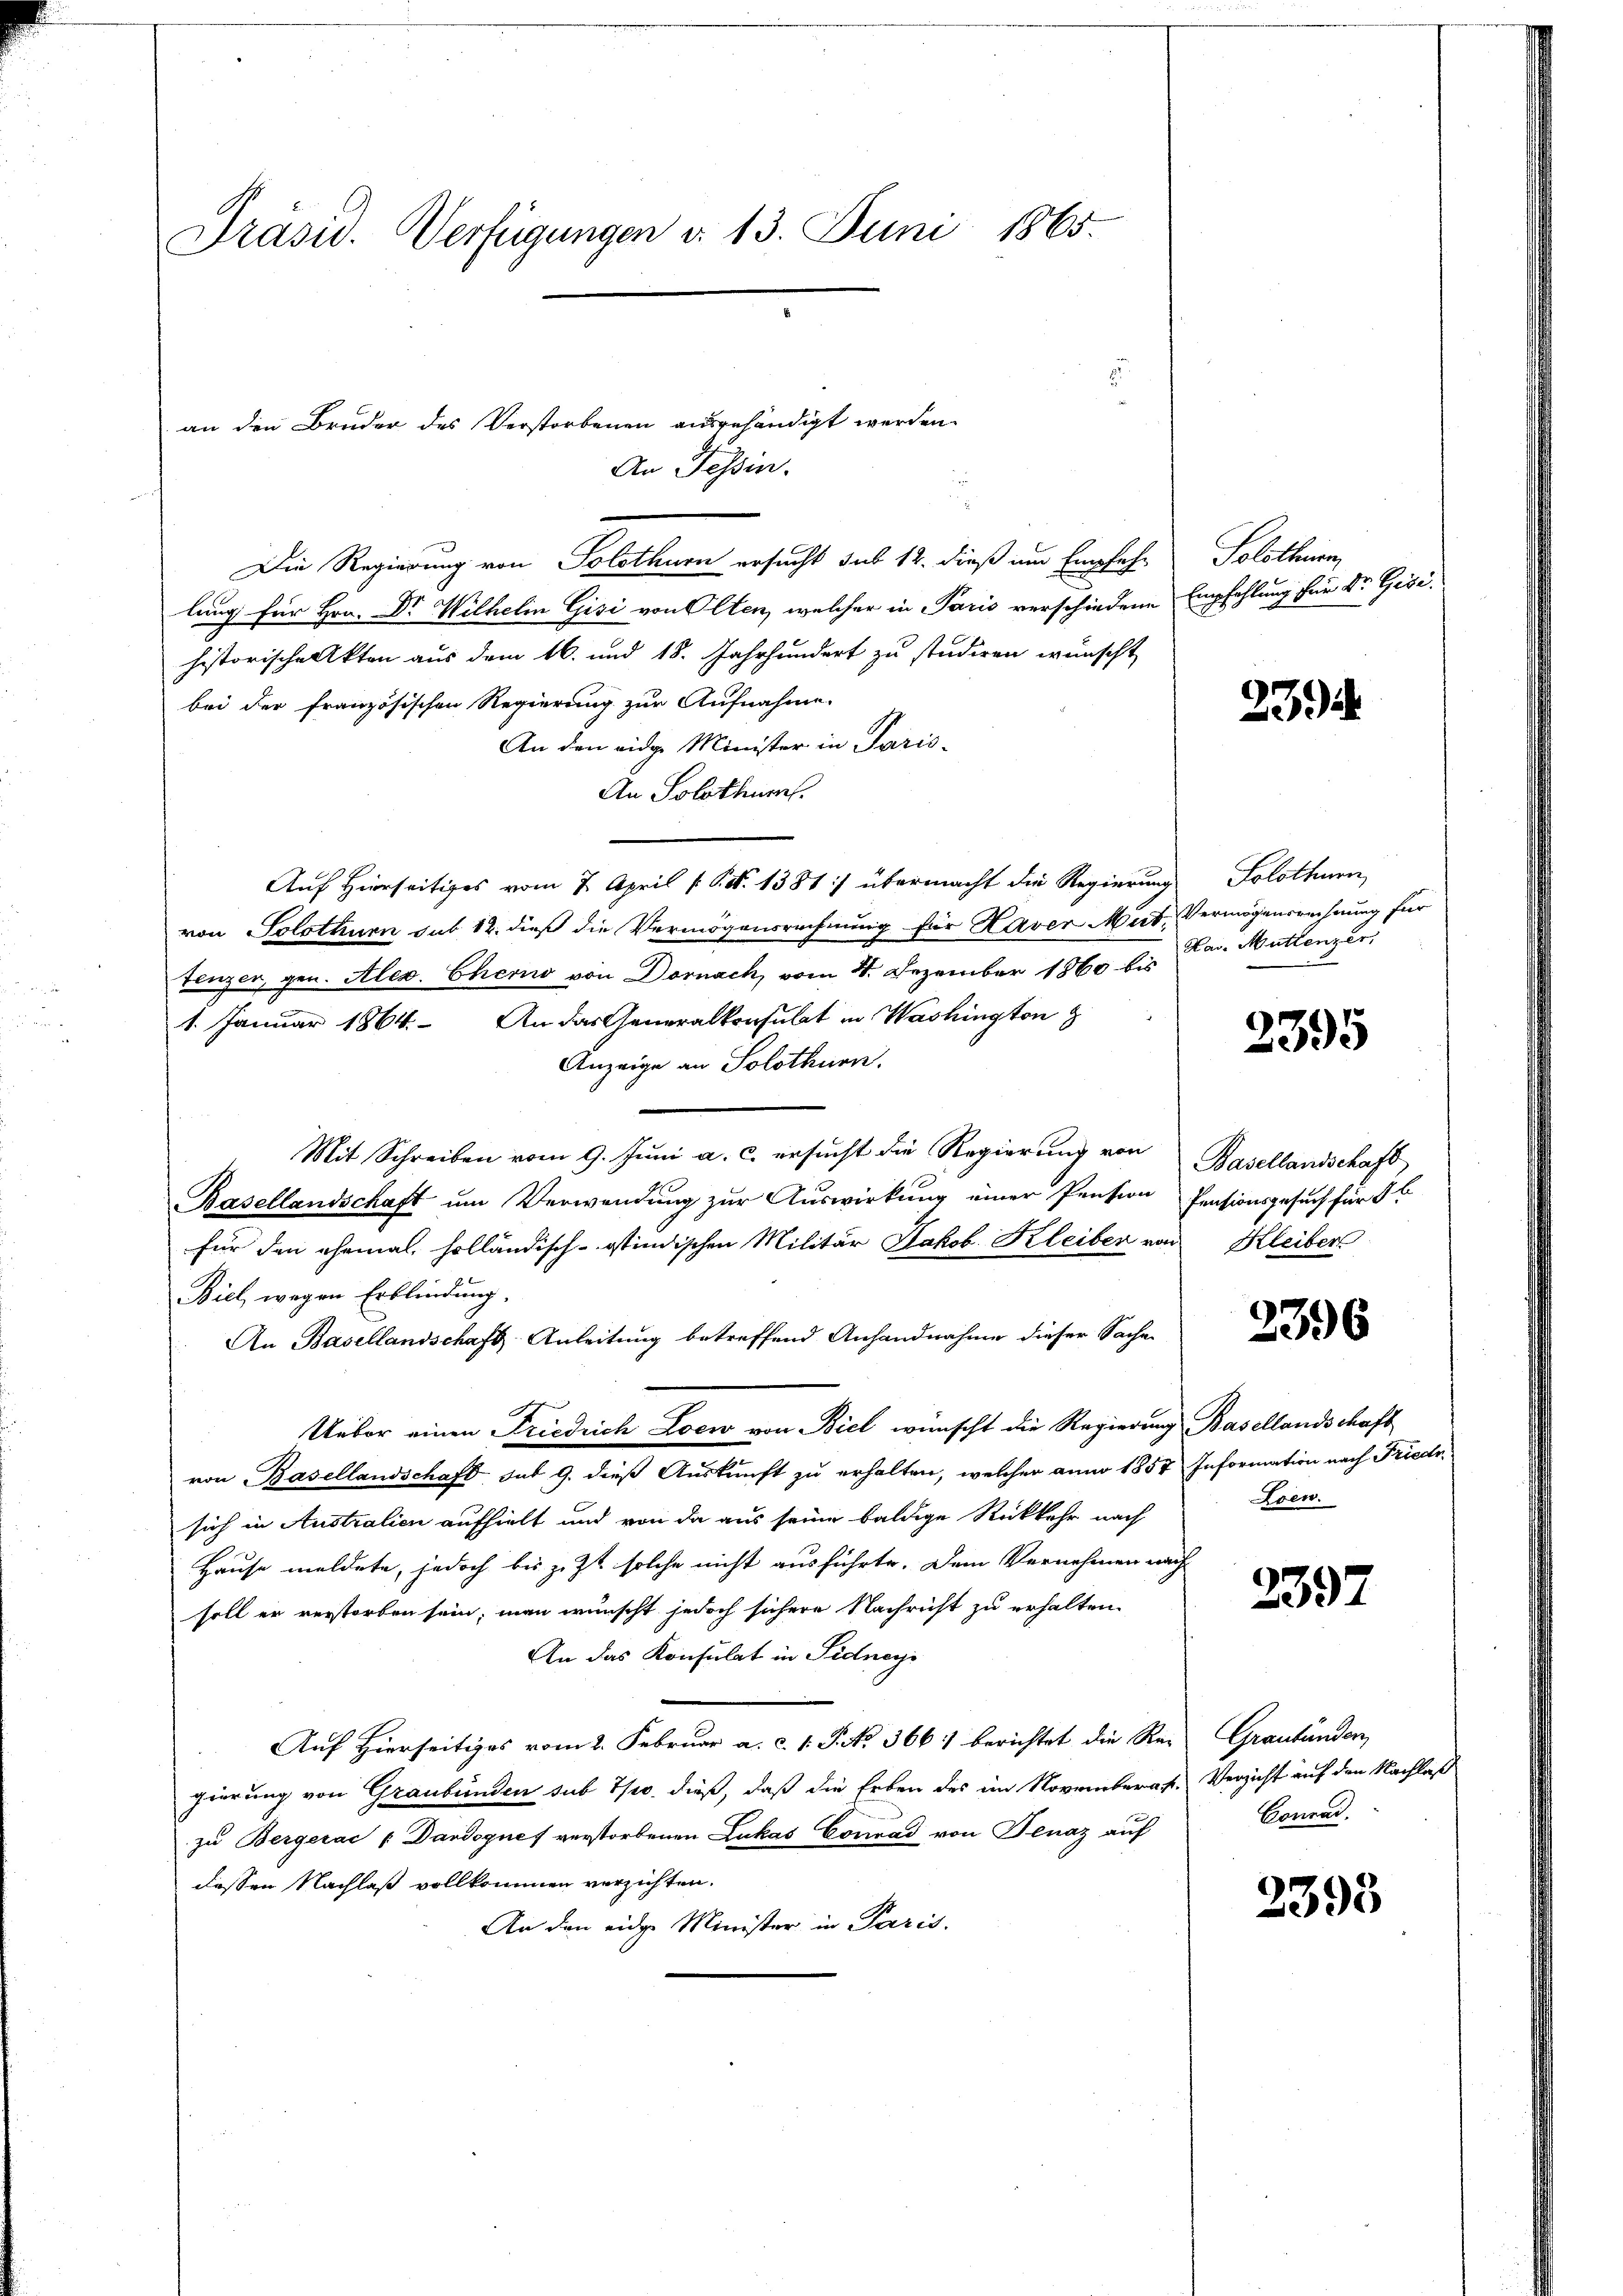
Präsid. Verfügungen d. 13. Juni 1865.

an den Bruder des Verstorbenen ausgehändigt werden.

An Tessin.
Die Regierung von Solothurn ersucht sub 12. dieß um Empfehlung für Hrn. Dr Wilhelm Gisi von Olten, welcher in Paris verschiedene Empfehlung für Dr. Gisihistorische Akten aus dem 16. und 18. Jahrhundert zu studiren wunscht
bei der französischen Regierung zur Aufnahme
An den eidge Minister in Paris-
An Solothur.
Auf Hierseitiges vom 7. April [P.N. 1381 :/ übermacht die Regierung
von Solothurn sub 12. dieß die Vermögensrechnung für Kaver Mut. Vermögensrechnung für
fenzer, gen. Alex. Chero von Dornach, vom 4. Dezember 1860 bis
1. Januar 1864. An das Generalkonsulat in Washington
Anzeige an Solothurn.
Mit Schreiben vom 9. Jŭni a. c. ersŭcht die Regierŭng von Basellandschaft
Basellandschaft um Verwendung zur Auswirkung einer Pension Pensionsgesuch für
für den ehemal, holländisch-ostindischen Militär Jakob Kleiber von Kleiber
Biel, wegen Erblindung.
An Basellandschaft Anleitung betreffend Anhandnahme dieser Sache
Ueber einen Friedrich Loew von Biel wünscht die Regierung Basellandschaft
von Basellandschaft, sub 9. dieß Auskunft zu erhalten, welcher anno 1857 Information nach Friedr.
sich in Australien aufhielt und von da aus seine baldige Rückkehr nach
Hause meldete, jedoch bis jezt solche nicht ausführte. Dem Vernehmen nach
soll er verstorben sein, man wünscht jedoch sichere Nachricht zu erhalten.
An das Konsulat in Sidneys
Auf Hierseitiges vom 2. Februar a. c. l. J. No. 366. berichtet die Regierung von Graubünden sub 7/10. dieß, daß die Erben des im Novemberat. Verzicht auf den Nachlaß
zu Bergerac (Dardognes verstorbenen Lukas Conrad von Fenaz auf
dessen Nachlaß vollkommen verzichten.
An den eidge Minister in Paris.

Solothurn

23)

Solothurn
Pav. Muttenzer,

2395

2396

Loen.

2397

Graubünder
Conrad.

2398